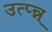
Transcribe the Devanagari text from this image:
उत्प्‍न्न्